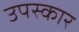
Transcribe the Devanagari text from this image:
उपस्‍कार